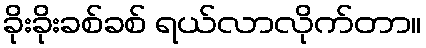
ခိုးခိုးခစ်ခစ် ရယ်လာလိုက်တာ။